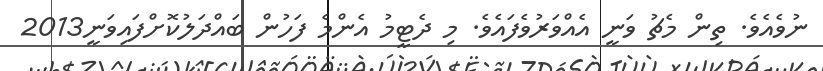
ނުވެއެވެ. ތިން މެޗު ވަނީ އެއްވަރުވެފައެވެ. މި ދެޓީމު އެންމެ ފަހުން ބައްދަލުކޮށްފައިވަނީ2013